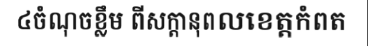
៤ចំណុចខ្លឹម ពីសក្តានុពលខេត្តកំពត